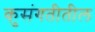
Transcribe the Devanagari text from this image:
कुसंगतीतील